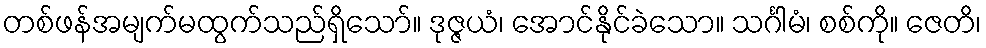
တစ်ဖန်အမျက်မထွက်သည်ရှိသော်။ ဒုဇ္ဇယံ၊ အောင်နိုင်ခဲသော။ သင်္ဂါမံ၊ စစ်ကို။ ဇေတိ၊